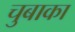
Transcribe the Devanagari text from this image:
चुबाका